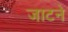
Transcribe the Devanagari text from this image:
जाटने